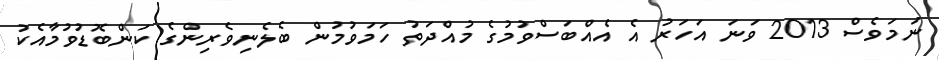
ނަމަވެސް 2013 ވަނަ އަހަރު އެ އެއްބަސްވުމުގެ މުއްދަތު ހަމަވުމުން ބެލެނިވެރިންގެ ކަންބޮޑުވުމާއެކު